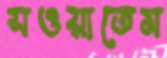
সওয়াতেম